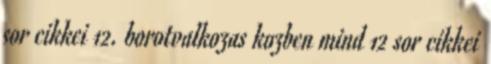
sor cikkei 12. borotvalkozas kozben mind 12 sor cikkei